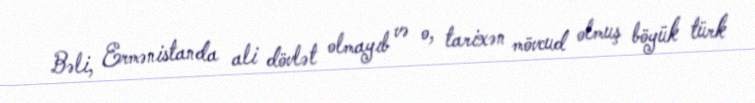
Bəli, Ermənistanda ali dövlət olmayıb və o, tarixən mövcud olmuş böyük türk